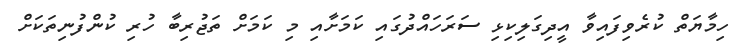
ހިމާޔަތް ކުރެވިފައިވާ އީދިގަލިކިޅި ސަރަހައްދުގައި ކަމަށާއި މި ކަމަށް ތަޖުރިބާ ހުރި ކުންފުނިތަކަށް